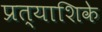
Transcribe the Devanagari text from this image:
प्रत्याशिके